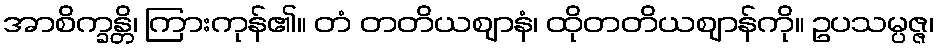
အာစိက္ခန္တိ၊ ကြားကုန်၏။ တံ တတိယဈာနံ၊ ထိုတတိယဈာန်ကို။ ဥပသမ္ပဇ္ဇ၊